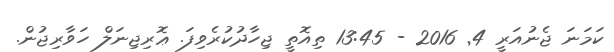
ކަމަނަ ޖެނުއަރީ 4